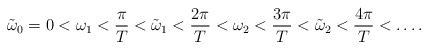
\begin{align*} \tilde{\omega}_0=0<\omega_1<\frac{\pi}{T}<\tilde{\omega}_1<\frac{2\pi}{T}<\omega_2<\frac{3\pi}{T}<\tilde{\omega}_2<\frac{4\pi}{T}<\dots.\end{align*}